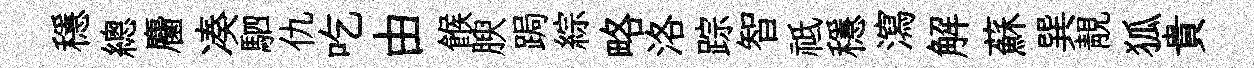
穩總麕凑駟仇吃由餱腴跼綜略洛踪智祗穩瀉解蘇巽靚狐貴